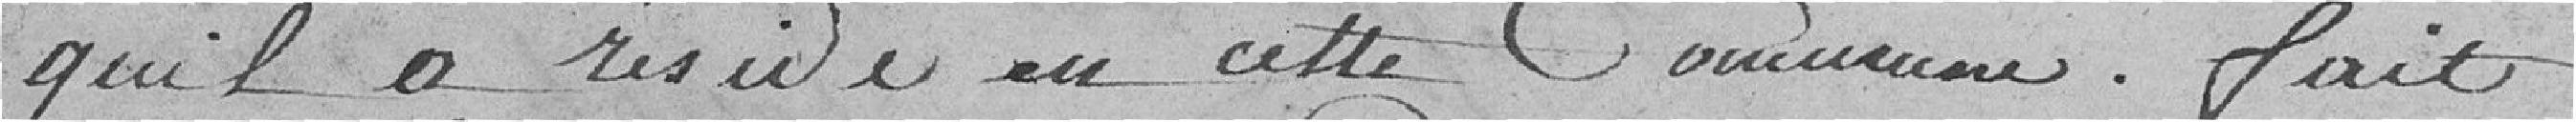
qu'il a résidé en cette commune. Fait